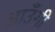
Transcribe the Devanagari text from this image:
आउँगी